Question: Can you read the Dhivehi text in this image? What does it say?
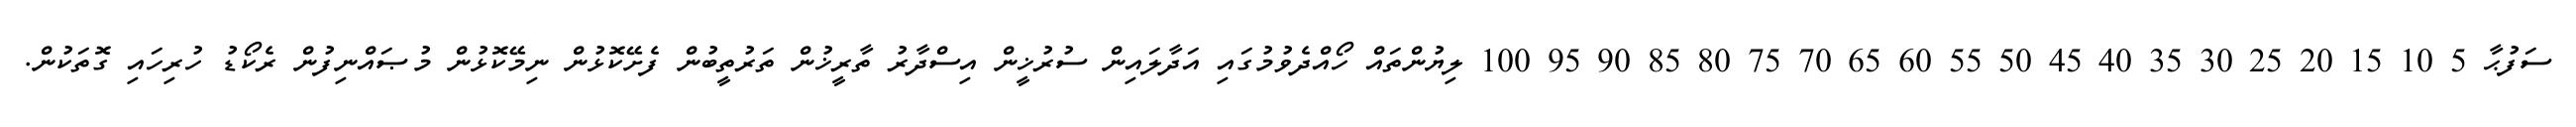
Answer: ސަފުޙާ 5 10 15 20 25 30 35 40 45 50 55 60 65 70 75 80 85 90 95 100 ލިޔުންތައް ހޯއްދެވުމުގައި އަދާލައިން ސުރުޚީން އިސްދާރު ތާރީޚުން ތަރުތީބުން ފެށޭކޮޅުން ނިމޭކޮޅުން މުޞައްނިފުން ރެކޯޑު ހުރިހައި ގޮތަކުން.